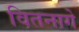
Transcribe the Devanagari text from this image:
वितनागे